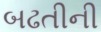
બઢતીની